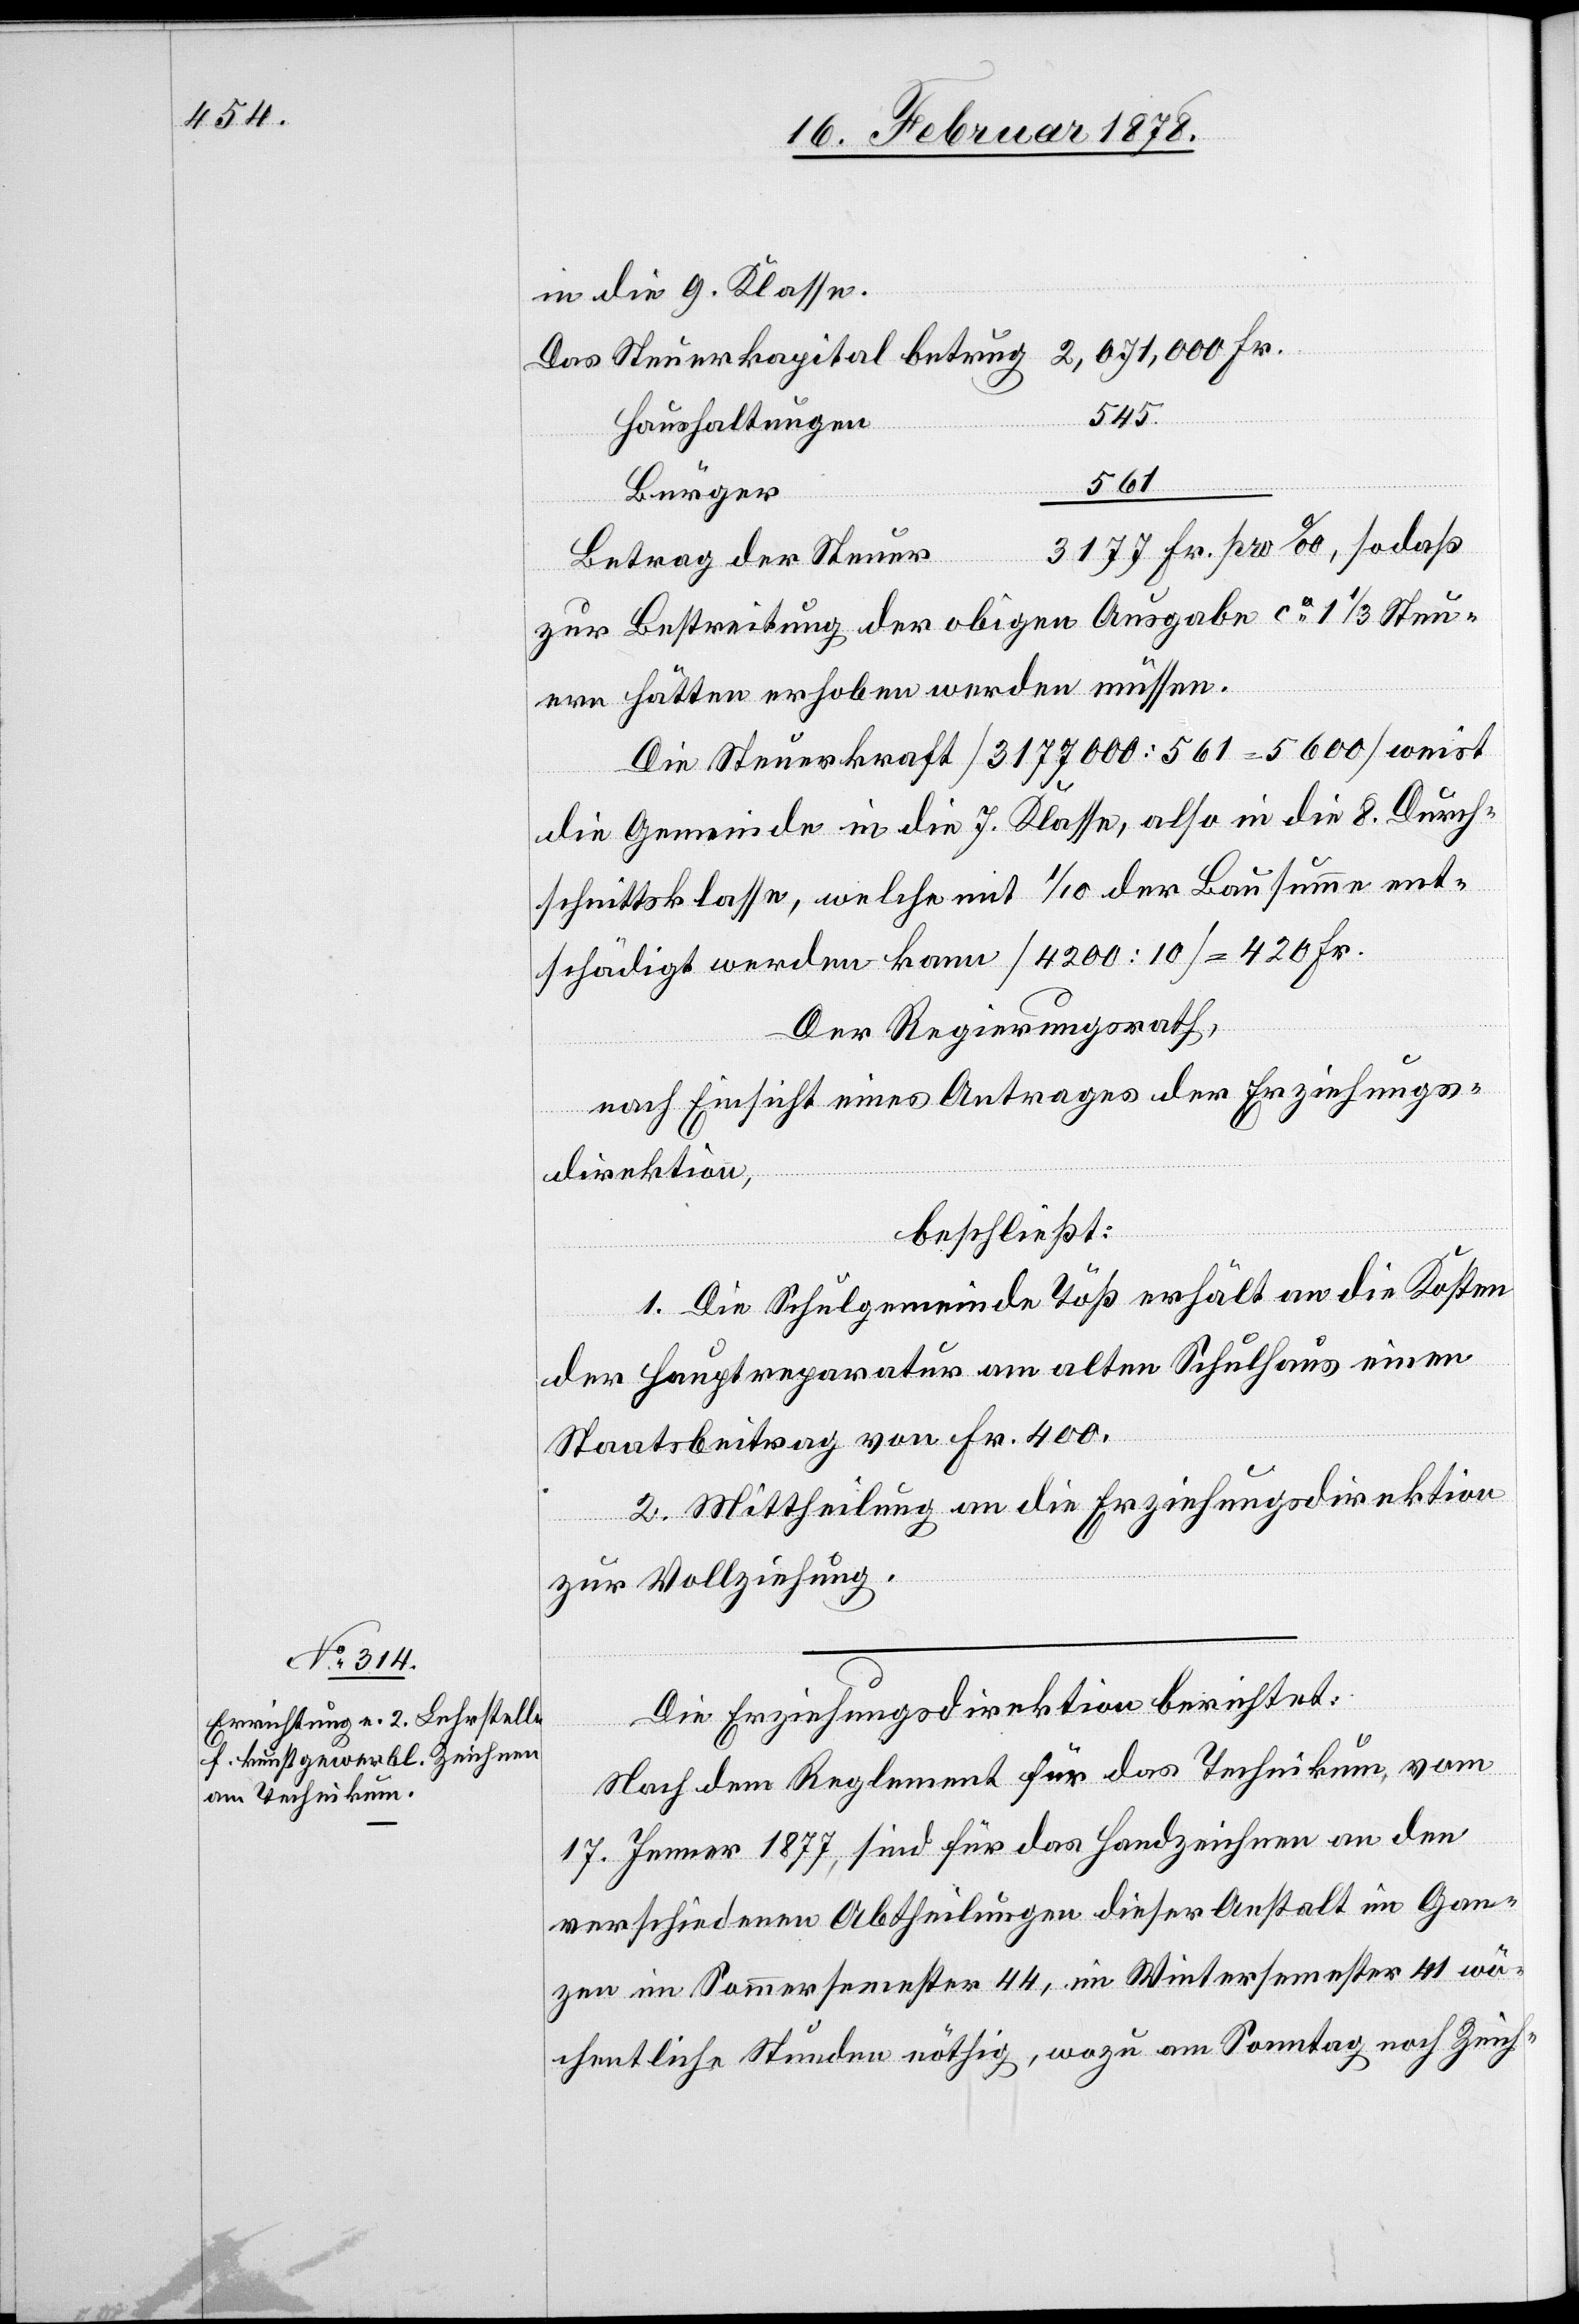
in die 9. Klasse.
Das Steuerkapital betrug 2,071,000 Fr.
545
Haushaltungen
561
Bürger
3177 Fr. pro ‰, so daß
Betrag der Steuer
zur Bestreitung der obigen Ausgabe ca 1 1/3 Steu¬
ern hätten erhoben werden müssen.
Die Steuerkraft (3177000 : 561 = 5600) weist
die Gemeinde in die 7. Klasse, also in die 8. Durch¬
schnittsklasse, welche mit 1/10 der Bausumme ent¬
schädigt werden kann (4200 : 10) = 420 Fr.
Der Regierungsrath,
nach Einsicht eines Antrages der Erziehungs¬
direktion,
beschließt:
1. Die Schulgemeinde Töß erhält an die Kosten
der Hauptreparatur am alten Schulhaus einen
Staatsbeitrag von Fr. 400.
2. Mittheilung an die Erziehungsdirektion
zur Vollziehung.
Die Erziehungsdirektion berichtet:
Nach dem Reglement für das Technikum, vom
17. Jenner 1877, sind für das Handzeichnen an den
verschiedenen Abtheilungen dieser Anstalt im Gan¬
zen im Sommersemester 44, im Wintersemester 41 wö¬
chentliche Stunden nöthig, wozu am Sonntag noch Zeich-